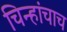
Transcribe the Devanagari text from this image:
चिन्हांचाच